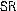
SR